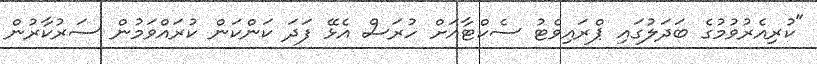
"ކުރިއެރުވުމުގެ ބަދަލުގައި ޕްރައިވެޓު ސެކްޓާއަށް ހުރަސް އެޅޭ ފަދަ ކަންކަން ކުރައްވަމުން ސަރުކާރުން